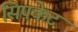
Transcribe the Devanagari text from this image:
सिपकेट